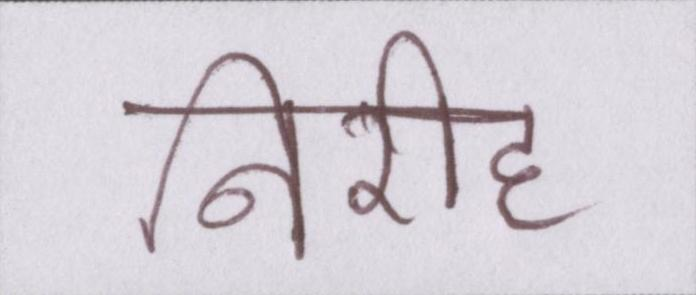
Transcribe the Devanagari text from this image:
निरीह